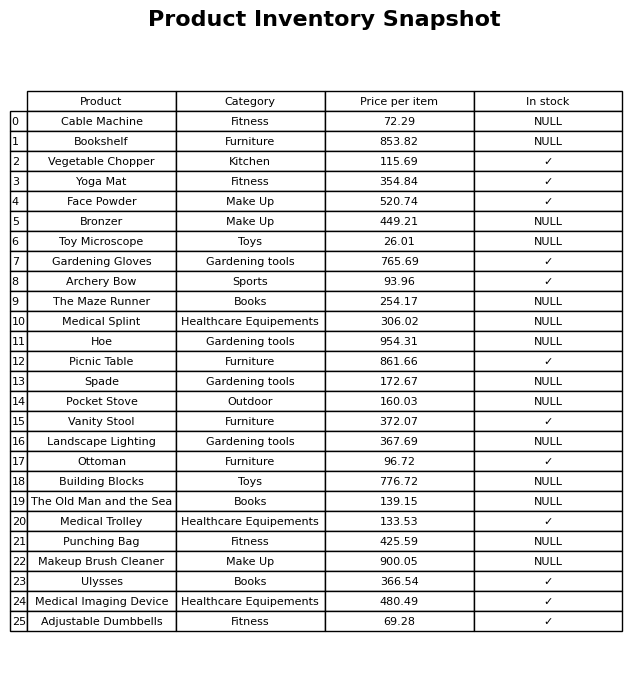
question: Is the The Maze Runner in stock?
answer: NULL